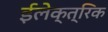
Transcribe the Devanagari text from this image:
ईलेक्त्रिक